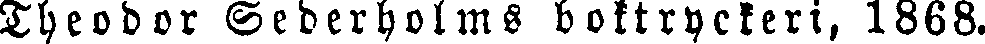
Theodor Sederholms boktryckeri, 1868.